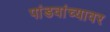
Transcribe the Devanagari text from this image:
पांडवांच्यावर